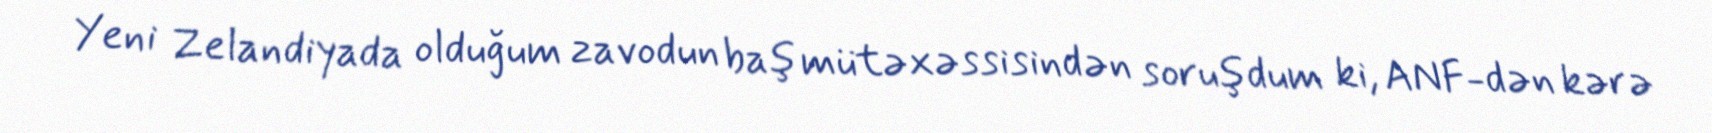
Yeni Zelandiyada olduğum zavodun baş mütəxəssisindən soruşdum ki, ANF-dən kərə